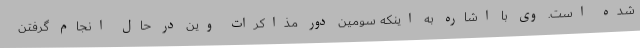
شده است. وی با اشاره به اینکه سومین دور مذاکرات وین در حال انجام گرفتن